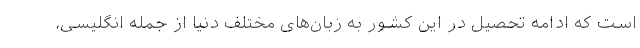
است که ادامه تحصیل در این کشور به زبان‌های مختلف دنیا از جمله انگلیسی،